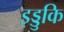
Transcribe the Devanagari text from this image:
इड्डुकि